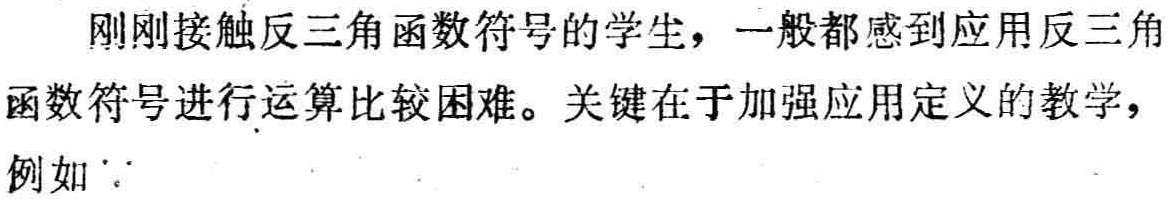
刚刚接触反三角函数符号的学生，一般都感到应用反三角函数符号进行运算比较困难。关键在于加强应用定义的教学，例如 `\because`